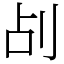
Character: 㓠